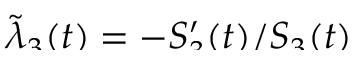
\smash { \widetilde { \lambda } _ { 3 } ( t ) = - S _ { 3 } ^ { \prime } ( t ) / S _ { 3 } ( t ) }